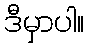
ဒီမှာပါ။